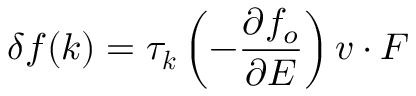
\delta f ( \boldsymbol { k } ) = \tau _ { \boldsymbol { k } } \left( - \frac { \partial f _ { o } } { \partial E } \right) \boldsymbol { v } \cdot \boldsymbol { F }